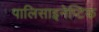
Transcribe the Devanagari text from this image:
पालिसाइनेप्टिक